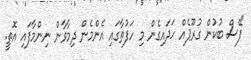
"ފޭސް ބުކުން ގުރޫޕެއް ހަދައިގެން މި ހަފުތާގައި އެންމެން ދިމާވާން ނިންމާފައި އޮތީ.